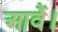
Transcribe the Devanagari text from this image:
आवैं।